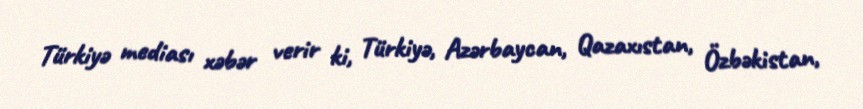
Türkiyə mediası xəbər verir ki, Türkiyə, Azərbaycan, Qazaxıstan, Özbəkistan,